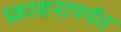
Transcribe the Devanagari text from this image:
प्रकाशनापर्यंत